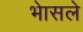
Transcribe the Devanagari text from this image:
भेासले